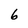
Character: 6